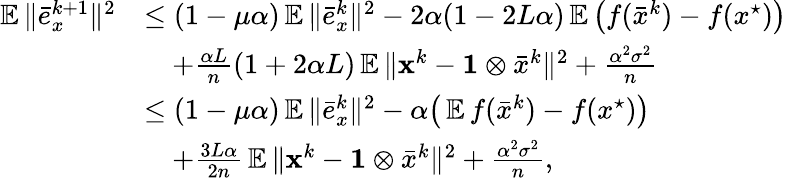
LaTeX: \begin{array}{rl}{\mathop{\mathbb{E}}\| \bar{e}_{x}^{k+1}\| ^{2}}&{\leq(1-\mu\alpha)\mathop{\mathbb{E}}\| \bar{e}_{x}^{k}\| ^{2}-2\alpha(1-2L\alpha)\mathop{\mathbb{E}}\big(f(\bar{x}^{k})-f(x^{\star})\big)}\\ &{\quad+\frac{\alpha L}{n}\left(1+2\alpha L\right)\mathop{\mathbb{E}}\| {\mathbf{x}}^{k}-\mathbf{1}\otimes\bar{x}^{k}\| ^{2}+\frac{\alpha^{2}\sigma^{2}}{n}}\\ &{\leq(1-\mu\alpha)\mathop{\mathbb{E}}\| \bar{e}_{x}^{k}\| ^{2}-\alpha\big(\mathop{\mathbb{E}}f(\bar{x}^{k})-f(x^{\star})\big)}\\ &{\quad+\frac{3L\alpha}{2n}\mathop{\mathbb{E}}\| {\mathbf{x}}^{k}-\mathbf{1}\otimes\bar{x}^{k}\| ^{2}+\frac{\alpha^{2}\sigma^{2}}{n},}\end{array}